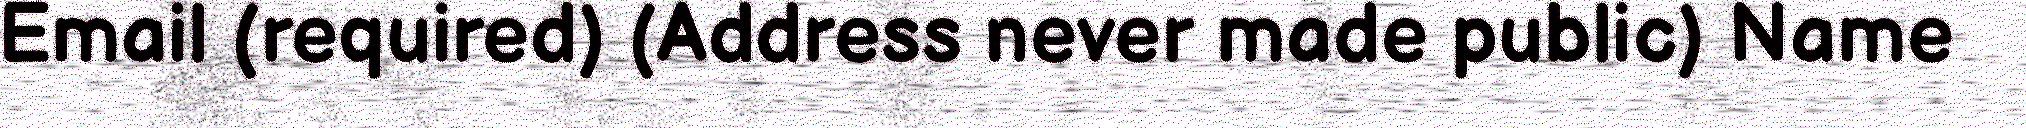
Email (required) (Address never made public) Name